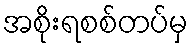
အစိုးရစစ်တပ်မှ